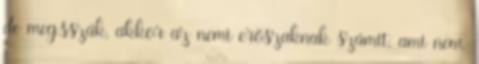
de meg.sszák, akkor az nemi erőszaknak számít, ami nem,